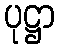
ပုဋ္ဌာ